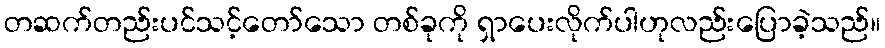
တဆက်တည်းပင်သင့်တော်သော တစ်ခုကို ရှာပေးလိုက်ပါဟုလည်းပြောခဲ့သည်။